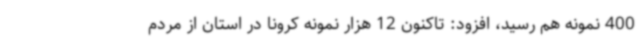
400 نمونه هم رسید، افزود: تاکنون 12 هزار نمونه کرونا در استان از مردم